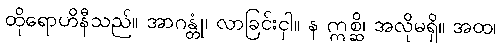
ထိုရောဟိနီသည်။ အာဂန္တုံ၊ လာခြင်းငှါ။ န ဣစ္ဆိ၊ အလိုမရှိ။ အထ၊